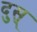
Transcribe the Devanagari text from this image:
दुस्‌